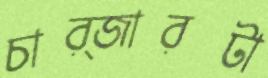
চার্জারটা